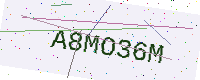
Text: A8MO36M